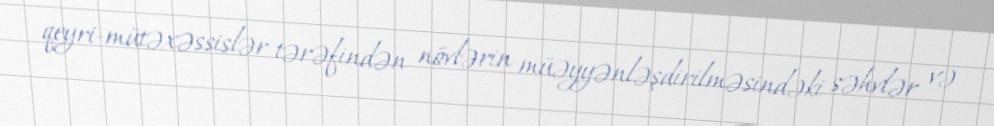
qeyri-mütəxəssislər tərəfindən növlərin müəyyənləşdirilməsindəki səhvlər və